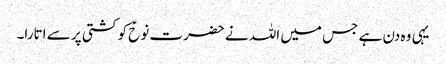
یہی وہ دن ہے جس میں اللہ نے حضرت نوحؑ کو کشتی پر سے اتارا۔